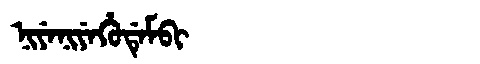
Manchu: ᠨᡳᠶᡝᠨᡳᠶᡝᡥᡠᡩᡝᠮᠪᡳ
Romanization: NIYENIYEHUDEMBI